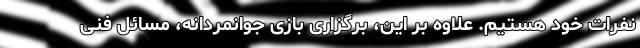
نفرات خود هستیم. علاوه بر این، برگزاری بازی جوانمردانه، مسائل فنی